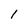
Character: 1